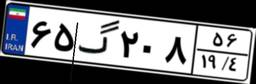
۶۵گ۲۰۸۵۶